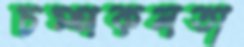
চম্পকলতা